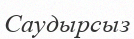
Саудырсыз